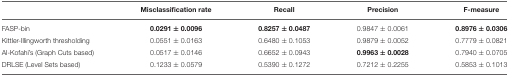
<table><thead><tr><td></td><td><b>Misclassification rate</b></td><td><b>Recall</b></td><td><b>Precision</b></td><td><b>F-measure</b></td></tr></thead><tbody><tr><td>FASP-bin</td><td><b>0.0291</b> ± <b>0.0096</b></td><td><b>0.8257</b> ± <b>0.0487</b></td><td>0.9847 ± 0.0061</td><td><b>0.8976</b> ± <b>0.0306</b></td></tr><tr><td>Kittler-Illingworth thresholding</td><td>0.0551 ± 0.0163</td><td>0.6480 ± 0.1053</td><td>0.9879 ± 0.0052</td><td>0.7779 ± 0.0821</td></tr><tr><td>Al-Kofahi&#x27;s (Graph Cuts based)</td><td>0.0517 ± 0.0146</td><td>0.6652 ± 0.0943</td><td><b>0.9963</b> ± <b>0.0028</b></td><td>0.7940 ± 0.0705</td></tr><tr><td>DRLSE (Level Sets based)</td><td>0.1233 ± 0.0579</td><td>0.5390 ± 0.1272</td><td>0.7212 ± 0.2255</td><td>0.5853 ± 0.1013</td></tr></tbody></table>